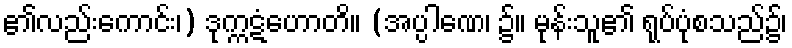
၏လည်းကောင်း၊) ဒုက္ကဋံဟောတိ။ (အပ္ပါဏေ၊ ၌။ မုန်းသူ၏ ရုပ်ပုံစသည်၌၊